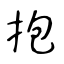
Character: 抱